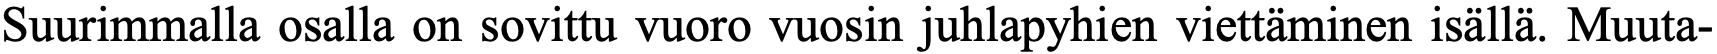
Suurimmalla osalla on sovittu vuoro vuosin juhlapyhien viettäminen isällä. Muuta-